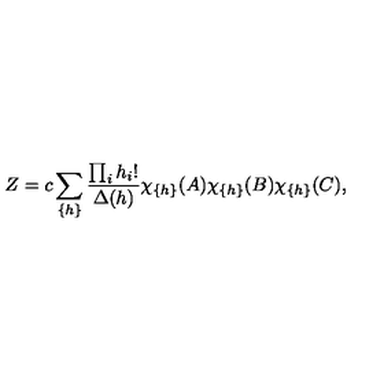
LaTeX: Z = c \sum _ { \{ h \} } { \frac { \prod _ { i } h _ { i } ! } { \Delta ( h ) } } \chi _ { \{ h \} } ( A ) \chi _ { \{ h \} } ( B ) \chi _ { \{ h \} } ( C ) ,